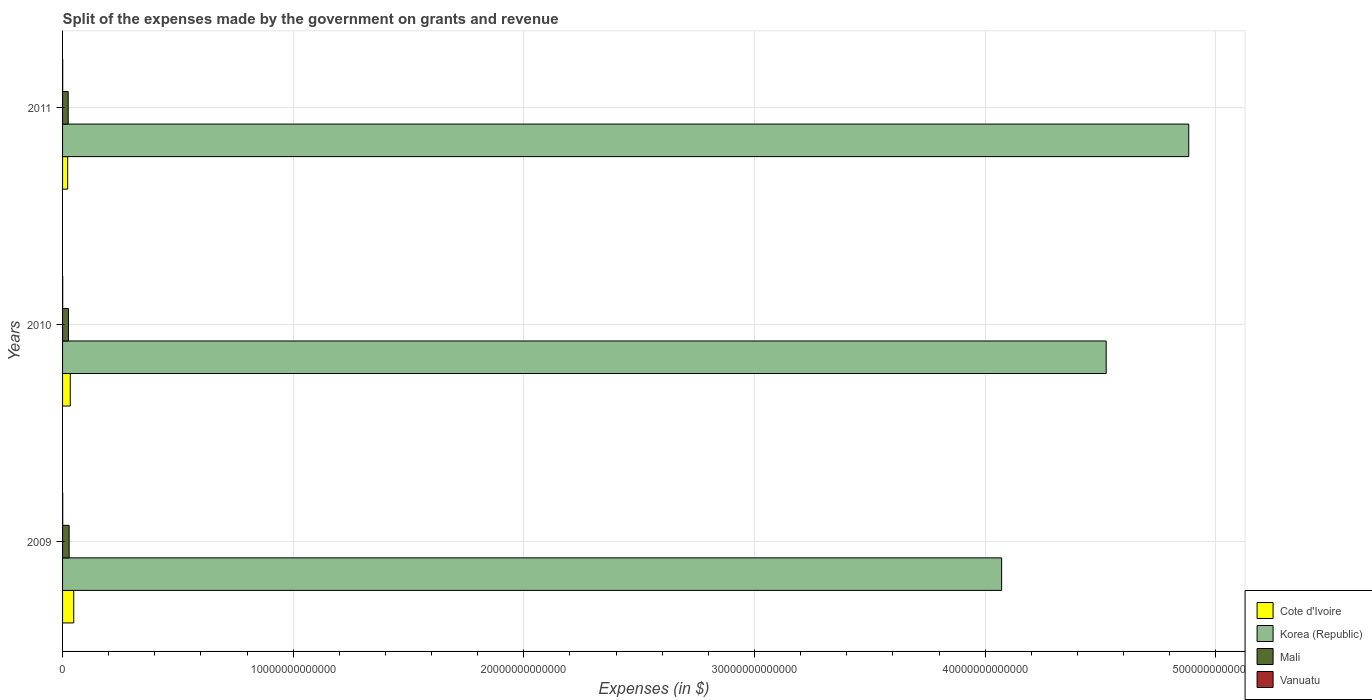
| Years | Cote d'Ivoire | Korea (Republic) | Mali | Vanuatu |
 | --- | --- | --- | --- | --- |
 | 2009 | 4.84e+11 | 4.07e+13 | 2.85e+11 | 6.46e+09 |
 | 2010 | 3.34e+11 | 4.52e+13 | 2.56e+11 | 6.19e+09 |
 | 2011 | 2.21e+11 | 4.88e+13 | 2.44e+11 | 6.12e+09 |